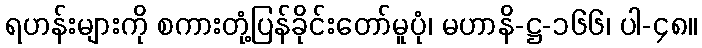
ရဟန်းများကို စကားတုံ့ပြန်ခိုင်းတော်မူပုံ၊ မဟာနိ-ဋ္ဌ-၁၆၆၊ ပါ-၄၈။